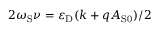
2 \omega _ { \mathrm { S } } \nu = \varepsilon _ { \mathrm { D } } ( k + q A _ { \mathrm { S 0 } } ) / 2